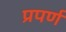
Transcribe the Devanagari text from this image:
प्रपर्ण